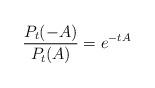
LaTeX: \begin{align*}\frac{P_t (-A) }{P_t (A)} = e^{-t A} \end{align*}